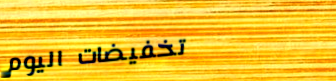
تخفيضات اليوم